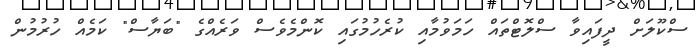
ސްކޫލަށް ދީފައިވާ ސްލޮޓްތައް ހަމަވުމާއި ކުރެހުމުގައި ކޮންމެވެސް ވަރެއްގެ "ބަޔާސް" ކަމެއް ހުރުމުން